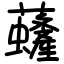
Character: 虄